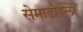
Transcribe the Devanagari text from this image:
सेमाडोहला